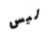
ليس